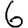
Digit: 6